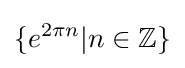
\{e^{2\pi n}|n\in \mathbb {Z} \}